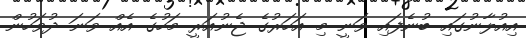
އިއުލާނުގައި ބުނެފައި ވަނީ މި އަހަރުގެ ޖެނުއަރީ މަހުގެ އެއް ވަނަ ދުވަހުން